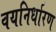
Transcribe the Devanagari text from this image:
वयनिर्धारण